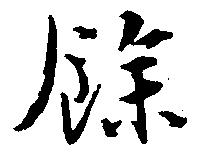
余